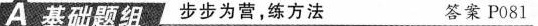
A基础题组 步步为营，练方法 答案P081